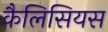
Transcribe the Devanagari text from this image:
कैलिसियस